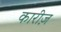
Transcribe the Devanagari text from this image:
कारीज़